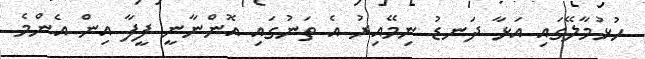
ހުޅުމާލޭގައި އަޅާ ދަނޑު ނިމޭއިރު އެ ތަނުގައި އޮންނާނީ ފީފާ އިން އެންމެ